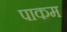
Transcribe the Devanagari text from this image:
पाकम